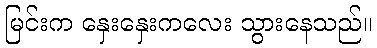
မြင်းက နှေးနှေးကလေး သွားနေသည်။